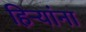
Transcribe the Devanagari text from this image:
हिऱ्यांना